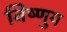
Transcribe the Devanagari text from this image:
विष्णुय